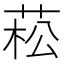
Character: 菘